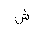
Letter: _shin